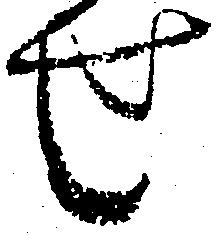
せ